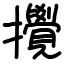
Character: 攪